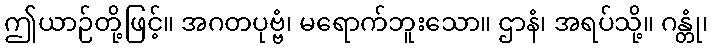
ဤယာဉ်တို့ဖြင့်။ အဂတပုဗ္ဗံ၊ မရောက်ဘူးသော။ ဌာနံ၊ အရပ်သို့။ ဂန္တုံ၊